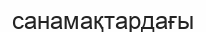
санамақтардағы